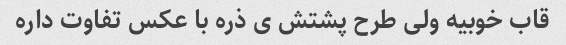
قاب خوبیه ولی طرح پشتش ی ذره با عکس تفاوت داره